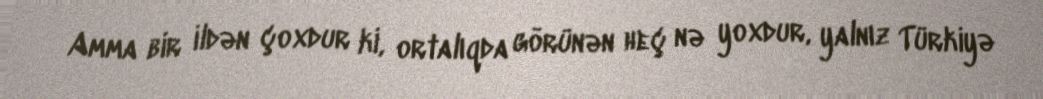
Amma bir ildən çoxdur ki, ortalıqda görünən heç nə yoxdur, yalnız Türkiyə